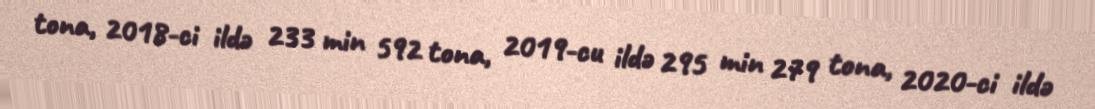
tona, 2018-ci ildə 233 min 592 tona, 2019-cu ildə 295 min 279 tona, 2020-ci ildə